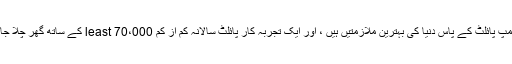
ایک بلمپ پائلٹ کے پاس دنیا کی بہترین ملازمتیں ہیں ، اور ایک تجربہ کار پائلٹ سالانہ کم از کم least 70،000 کے ساتھ گھر چلا جاتا ہے۔